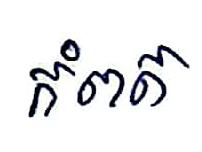
កំពត